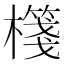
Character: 𣝕